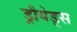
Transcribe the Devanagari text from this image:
ड्रौयेड्स